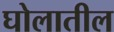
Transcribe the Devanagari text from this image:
घोलातील